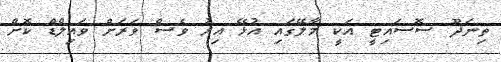
ތިނަދޫ ސޮސައިޓީ އަކީ މާލޭގައި އުޅޭ އިރު ވެސް ވަރަށް ވައިލްޑް ކޮށް